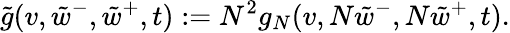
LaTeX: \tilde{g}(v,\tilde{w}^{-},\tilde{w}^{+},t):=N^{2}g_{N}(v,N\tilde{w}^{-},N\tilde{w}^{+},t).